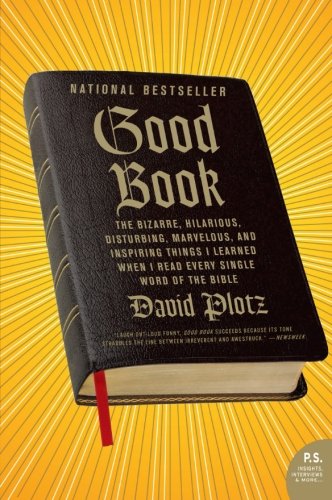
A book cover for Good Book: The Bizarre, Hilarious, Disturbing, Marvelous, and Inspiring Things I Learned When I Read Every Single Word of the Bible; David Plotz; Humor & Entertainment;